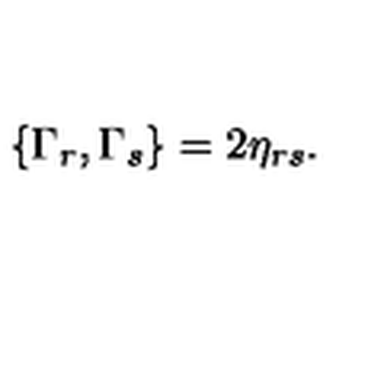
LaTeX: \{ \Gamma _ { r } , \Gamma _ { s } \} = 2 \eta _ { r s } .